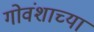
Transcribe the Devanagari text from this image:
गोवंशाच्या